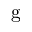
\mathrm { g }